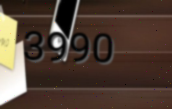
3990